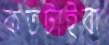
কতটাইবা